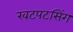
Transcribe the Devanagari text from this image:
खटपटसिंग